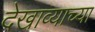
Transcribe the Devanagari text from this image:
देखाव्याच्या